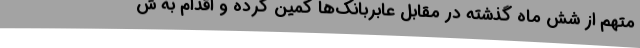
متهم از شش ‌ماه گذشته در مقابل عابربانک‌ها کمین کرده و اقدام به ش